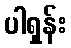
ပါရှန်း